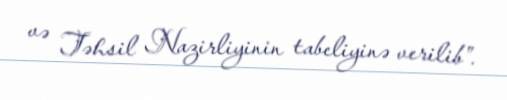
və Təhsil Nazirliyinin tabeliyinə verilib”.